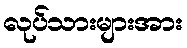
လုပ်သားများအား